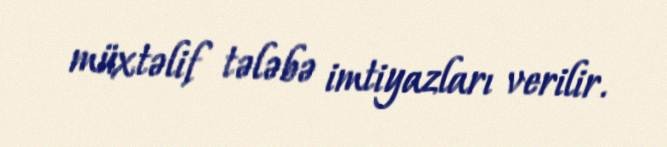
müxtəlif tələbə imtiyazları verilir.